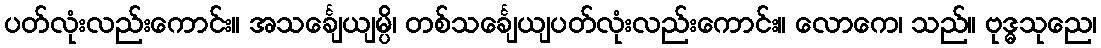
ပတ်လုံးလည်းကောင်း။ အသင်္ချေယျမ္ပိ၊ တစ်သင်္ချေယျပတ်လုံးလည်းကောင်း။ လောကေ၊ သည်။ ဗုဒ္ဓသုညေ၊